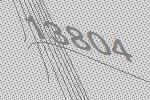
13804